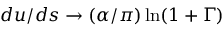
d u / d s \to ( \alpha / \pi ) \ln ( 1 + \Gamma )